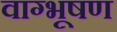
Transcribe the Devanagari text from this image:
वाग्भूषण